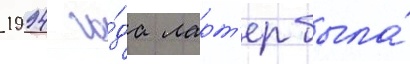
1994 го́да ларт'ер была́